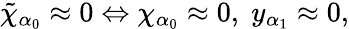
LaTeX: \tilde{\chi}_{\alpha_{0}}\approx 0\Leftrightarrow\chi_{\alpha_{0}}\approx 0,\; y_{\alpha_{1}}\approx 0,